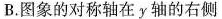
B.图象的对称轴在y轴的右侧